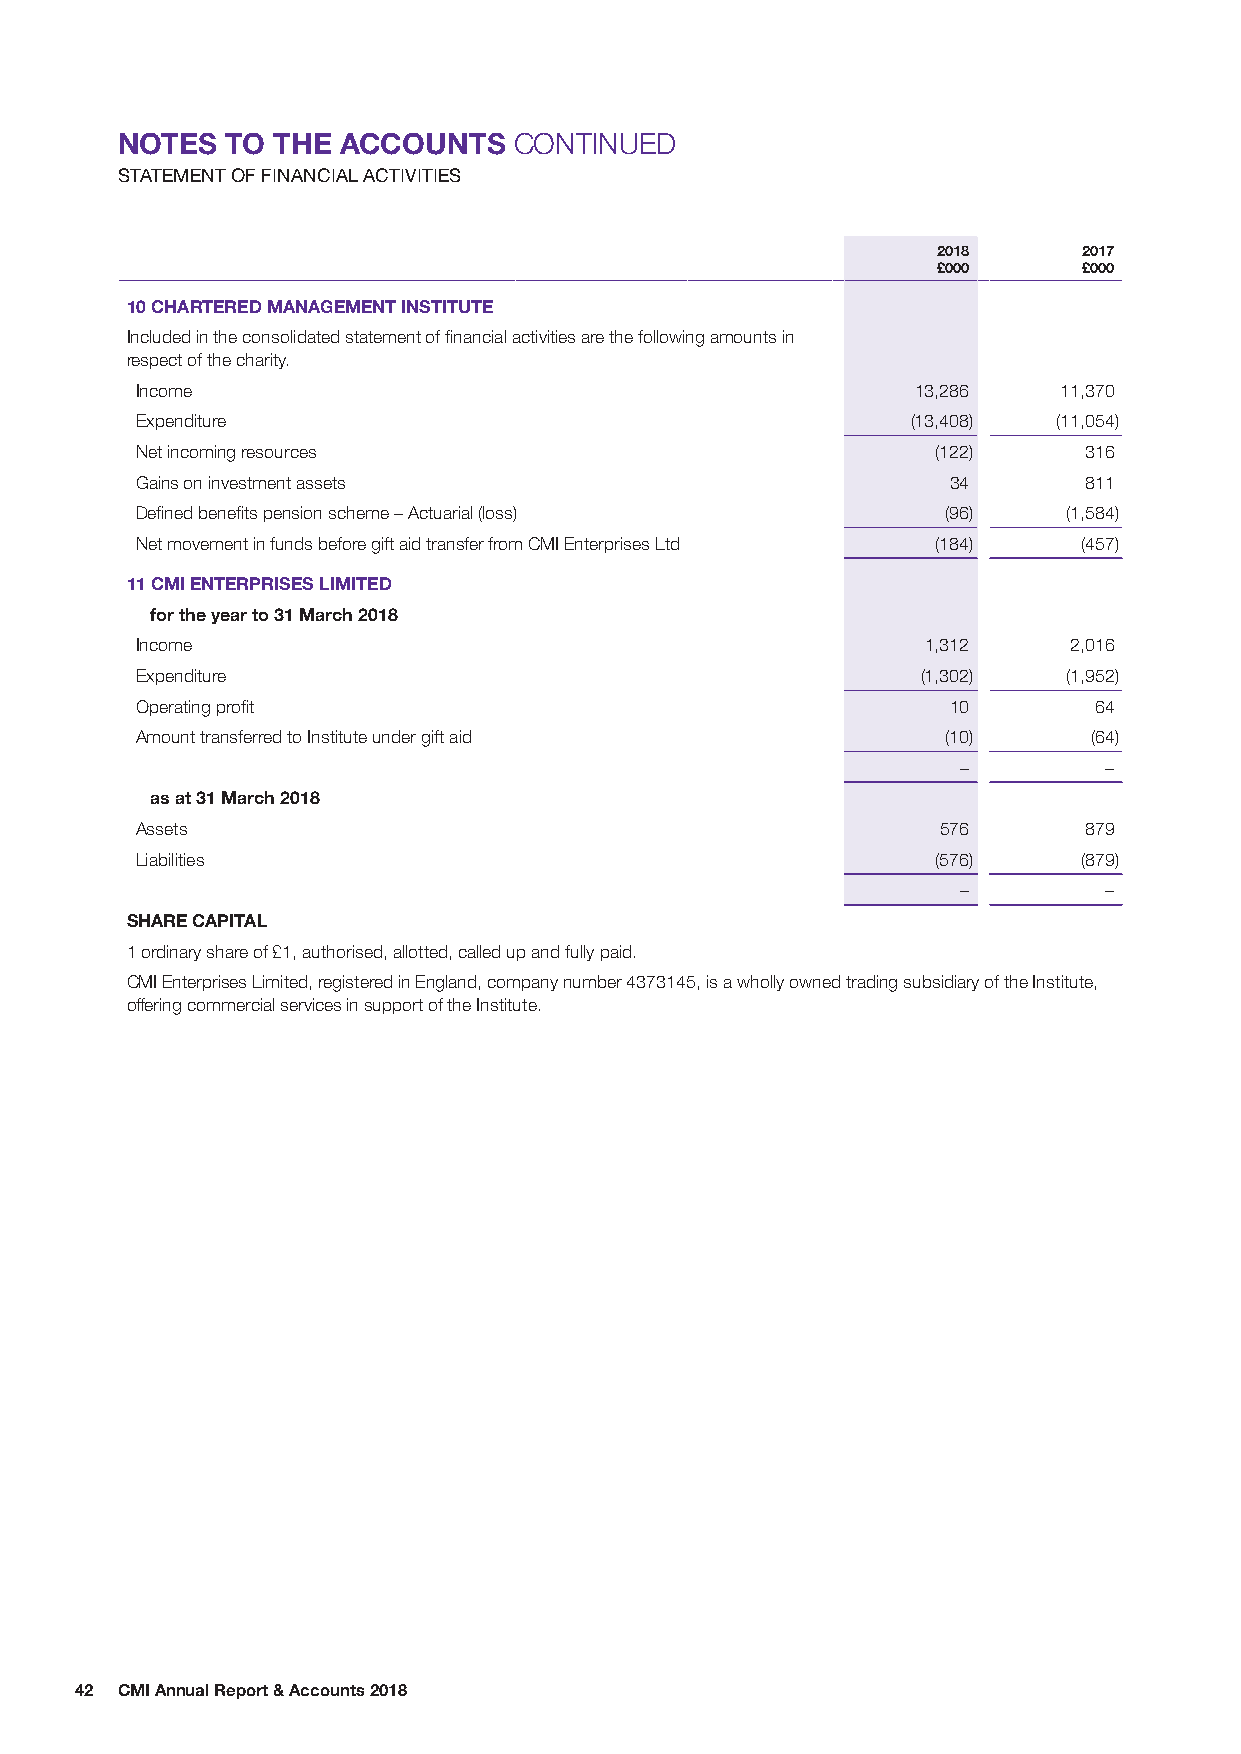
NOTES  TO THE  ACCOUNTS   CONTINUED
 STATEMENT OF FINANCIAL ACTIVITIES
 2018      2017
 £000      £000
 10 CHARTERED MANAGEMENT INSTITUTE
 Included in the consolidated statement of financial activities are the following amounts in
 respect of the charity.
 Income                                              13,286   11,370
 Expenditure                                        (13,408)  (11,054)
 Net incoming resources                               (122)     316
 Gains on investment assets                            34       811
 Defined benefits pension scheme – Actuarial (loss)    (96)    (1,584)
 Net movement in funds before gift aid transfer from CMI Enterprises Ltd (184) (457)
 11 CMI ENTERPRISES LIMITED
 for the year to 31 March 2018
 Income                                              1,312     2,016
 Expenditure                                         (1,302)   (1,952)
 Operating profit                                      10       64
 Amount transferred to Institute under gift aid        (10)     (64)
 –        –
 as at 31 March 2018
 Assets                                               576       879
 Liabilities                                          (576)     (879)
 –        –
 SHARE CAPITAL
 1 ordinary share of £1, authorised, allotted, called up and fully paid.
 CMI Enterprises Limited, registered in England, company number 4373145, is a wholly owned trading subsidiary of the Institute,
 offering commercial services in support of the Institute.
 42 CMI Annual Report & Accounts 2018